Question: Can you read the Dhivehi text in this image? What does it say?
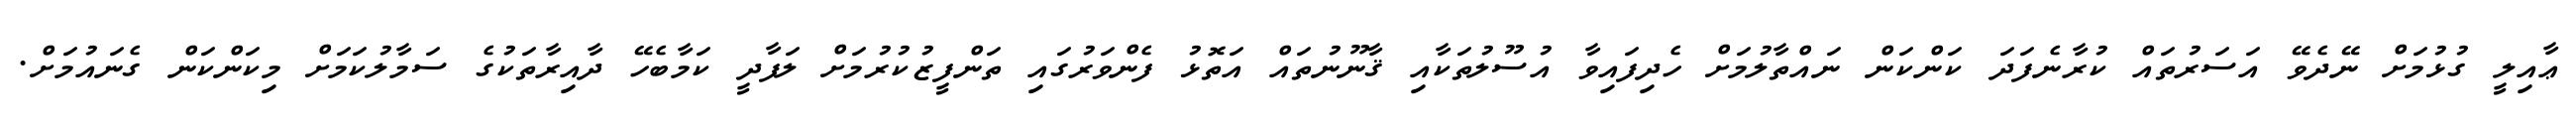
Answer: ޢާއިލީ ގުޅުމަށް ނޭދެވޭ އަސަރުތައް ކުރާނެފަދަ ކަންކަން ނައްތާލުމަށް ހެދިފައިވާ އުސޫލުތަކާއި ޤާނޫނުތައް އަތޮޅު ފެންވަރުގައި ތަންފީޒުކުރުމަށް ލަފާދީ ކަމާބެހޭ ދާއިރާތަކުގެ ސަމާލުކަމަށް މިކަންކަން ގެނައުމަށް.